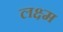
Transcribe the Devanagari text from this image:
लक्ष्म